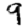
Digit: 9